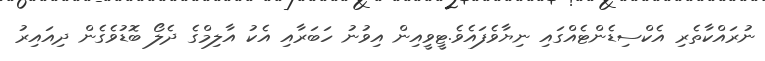
ނުރައްކާތެރި އެކްސިޑެންޓެއްގައި ނިޔާވެފައެވެ.ޓީވީއިން އިވުނު ހަބަރާއި އެކު އާލިމްގެ ދެލޯ ބޮޑުވެގެން ދިއައިރު